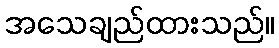
အသေချည်ထားသည်။